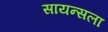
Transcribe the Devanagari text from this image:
सायन्सला